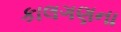
કાલગણના